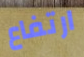
ارتفاع